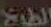
الطبخ